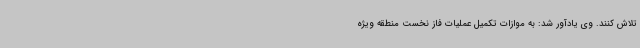
تلاش کنند. وی یادآور شد: به موازات تکمیل عملیات فاز نخست منطقه ویژه